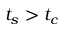
t _ { s } > t _ { c }